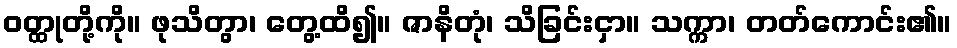
ဝတ္ထုတို့ကို။ ဖုသိတွာ၊ တွေ့ထိ၍။ ဇာနိတုံ၊ သိခြင်းငှာ။ သက္ကာ၊ တတ်ကောင်း၏။